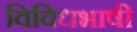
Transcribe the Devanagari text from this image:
विविधभाषी